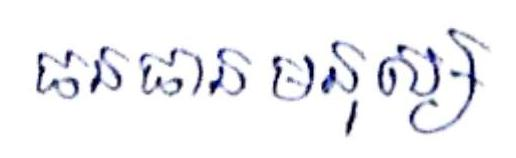
ធនធានមនុស្ស